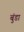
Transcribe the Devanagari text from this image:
बुंडा